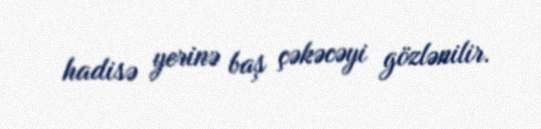
hadisə yerinə baş çəkəcəyi gözlənilir.